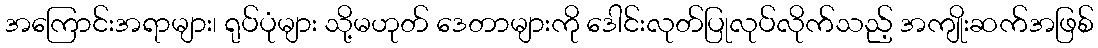
အကြောင်းအရာများ၊ ရုပ်ပုံများ သို့မဟုတ် ဒေတာများကို ဒေါင်းလုတ်ပြုလုပ်လိုက်သည့် အကျိုးဆက်အဖြစ်